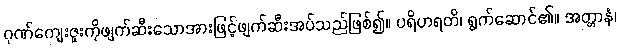
ဂုဏ်ကျေးဇူးကိုဖျက်ဆီးသောအားဖြင့်ဖျက်ဆီးအပ်သည်ဖြစ်၍။ ပရိဟရတိ၊ ရွက်ဆောင်၏။ အတ္တာနံ၊